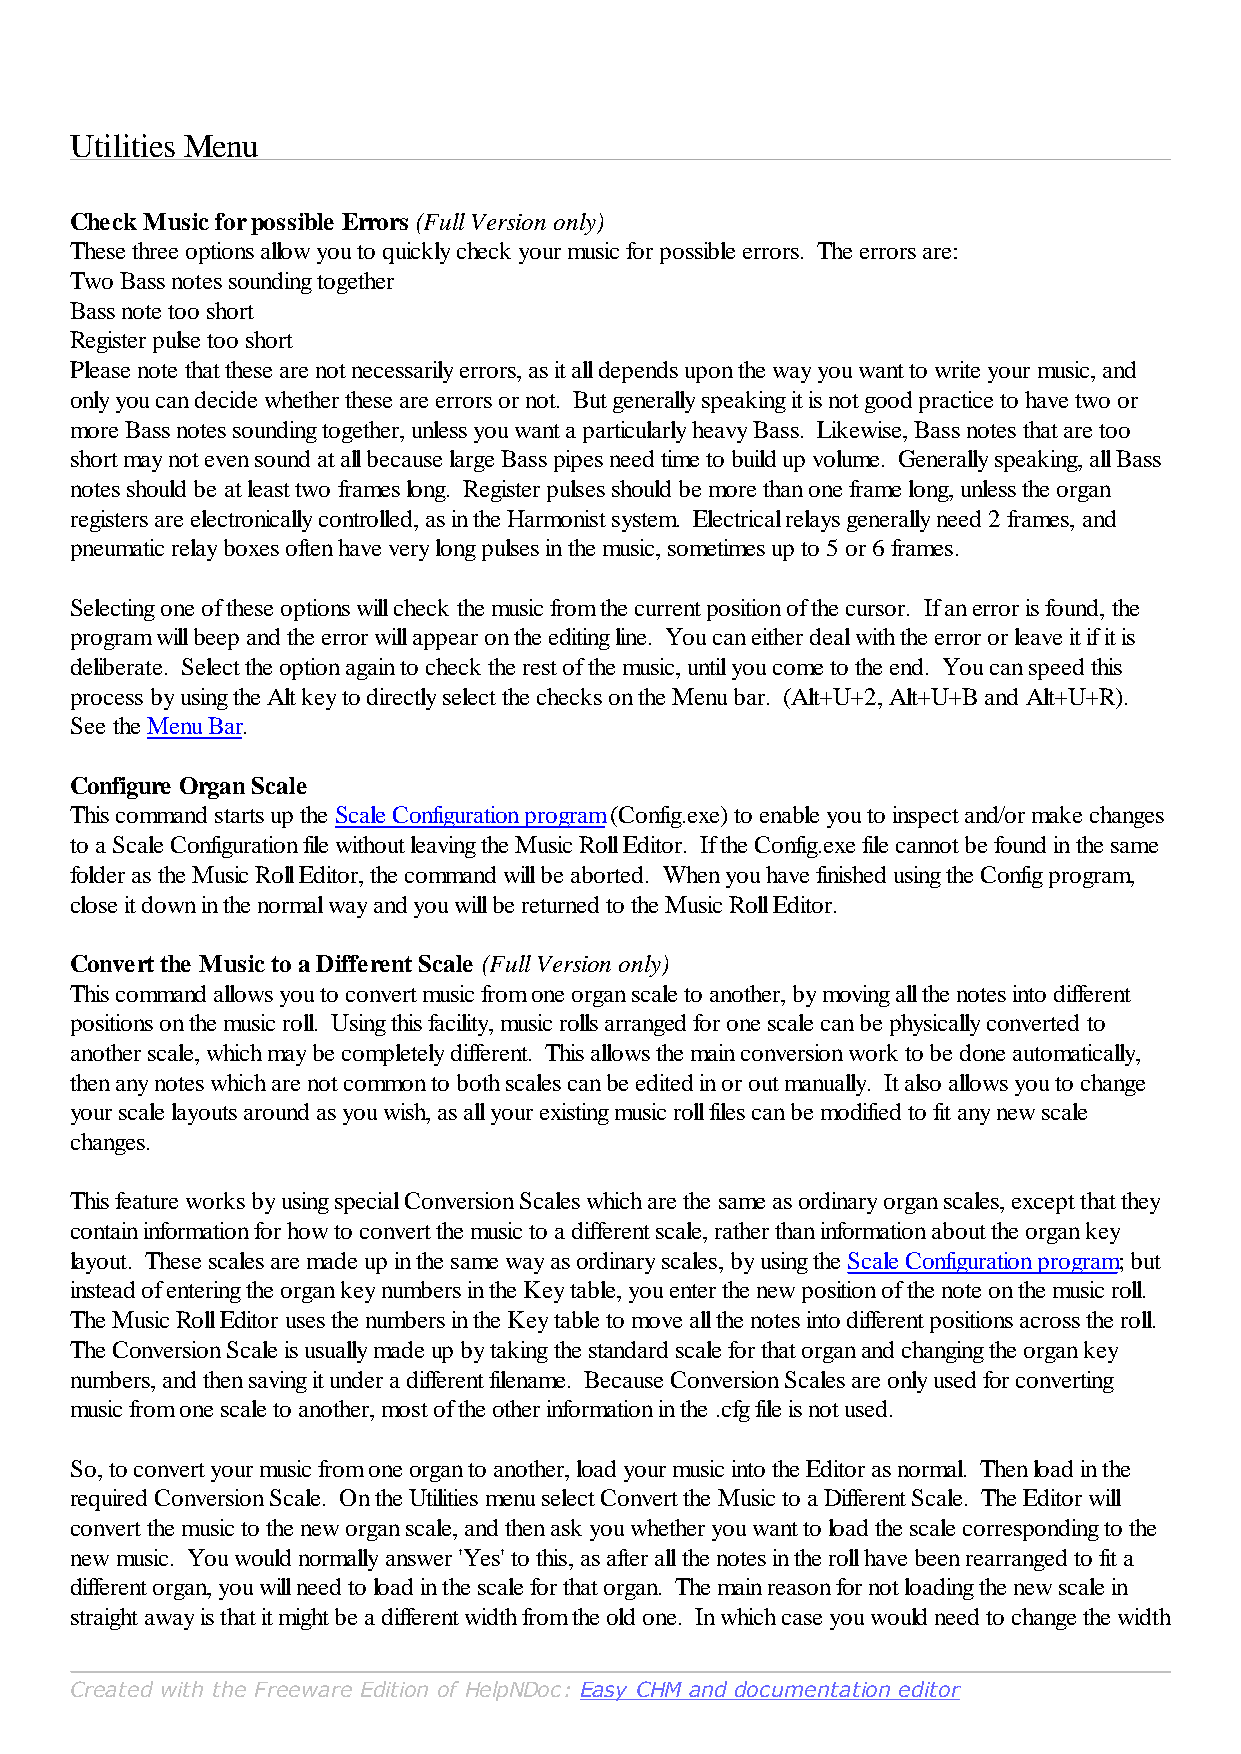
Utilities Menu
 Check Music for possible Errors (Full Version only)
 These three options allow you to quickly check your music for possible errors. The errors are:
 Two Bass notes sounding together
 Bass note too short
 Register pulse too short
 Please note that these are not necessarily errors, as it all depends upon the way you want to write your music, and
 only you can decide whether these are errors or not. But generally speaking it is not good practice to have two or
 more Bass notes sounding together, unless you want a particularly heavy Bass. Likewise, Bass notes that are too
 short may not even sound at all because large Bass pipes need time to build up volume. Generally speaking, all Bass
 notes should be at least two frames long. Register pulses should be more than one frame long, unless the organ
 registers are electronically controlled, as in the Harmonist system. Electrical relays generally need 2 frames, and
 pneumatic relay boxes often have very long pulses in the music, sometimes up to 5 or 6 frames.
 Selecting one of these options will check the music from the current position of the cursor. If an error is found, the
 program will beep and the error will appear on the editing line. You can either deal with the error or leave it if it is
 deliberate. Select the option again to check the rest of the music, until you come to the end. You can speed this
 process by using the Alt key to directly select the checks on the Menu bar. (Alt+U+2, Alt+U+B and Alt+U+R).
 See the Menu Bar.
 Configure Organ Scale
 This command starts up the Scale Configuration program (Config.exe) to enable you to inspect and/or make changes
 to a Scale Configuration file without leaving the Music Roll Editor. If the Config.exe file cannot be found in the same
 folder as the Music Roll Editor, the command will be aborted. When you have finished using the Config program,
 close it down in the normal way and you will be returned to the Music Roll Editor.
 Convert the Music to a Different Scale (Full Version only)
 This command allows you to convert music from one organ scale to another, by moving all the notes into different
 positions on the music roll. Using this facility, music rolls arranged for one scale can be physically converted to
 another scale, which may be completely different. This allows the main conversion work to be done automatically,
 then any notes which are not common to both scales can be edited in or out manually. It also allows you to change
 your scale layouts around as you wish, as all your existing music roll files can be modified to fit any new scale
 changes.
 This feature works by using special Conversion Scales which are the same as ordinary organ scales, except that they
 contain information for how to convert the music to a different scale, rather than information about the organ key
 layout. These scales are made up in the same way as ordinary scales, by using the Scale Configuration program; but
 instead of entering the organ key numbers in the Key table, you enter the new position of the note on the music roll.
 The Music Roll Editor uses the numbers in the Key table to move all the notes into different positions across the roll.
 The Conversion Scale is usually made up by taking the standard scale for that organ and changing the organ key
 numbers, and then saving it under a different filename. Because Conversion Scales are only used for converting
 music from one scale to another, most of the other information in the .cfg file is not used.
 So, to convert your music from one organ to another, load your music into the Editor as normal. Then load in the
 required Conversion Scale. On the Utilities menu select Convert the Music to a Different Scale. The Editor will
 convert the music to the new organ scale, and then ask you whether you want to load the scale corresponding to the
 new music. You would normally answer 'Yes' to this, as after all the notes in the roll have been rearranged to fit a
 different organ, you will need to load in the scale for that organ. The main reason for not loading the new scale in
 straight away is that it might be a different width from the old one. In which case you would need to change the width
 Created with the Freeware Edition of HelpNDoc: Easy CHM and documentation editor